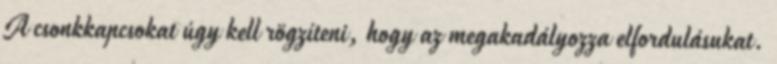
A csonkkapcsokat úgy kell rögzíteni, hogy az megakadályozza elfordulásukat.